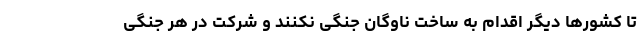
تا کشور‌ها دیگر اقدام به ساخت ناوگان جنگی نکنند و شرکت در هر جنگی